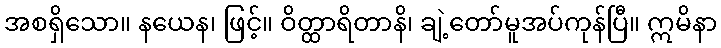
အစရှိသော။ နယေန၊ ဖြင့်။ ဝိတ္ထာရိတာနိ၊ ချဲ့တော်မူအပ်ကုန်ပြီ။ ဣမိနာ